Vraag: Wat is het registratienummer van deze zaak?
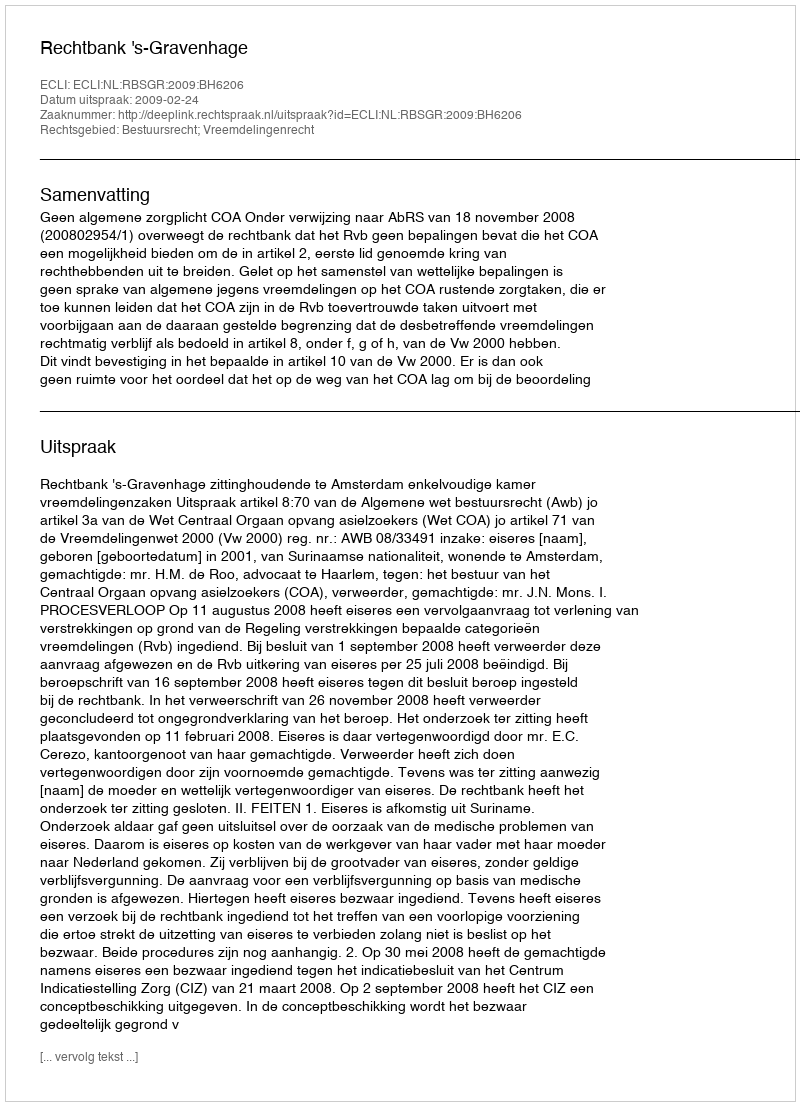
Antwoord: http://deeplink.rechtspraak.nl/uitspraak?id=ECLI:NL:RBSGR:2009:BH6206